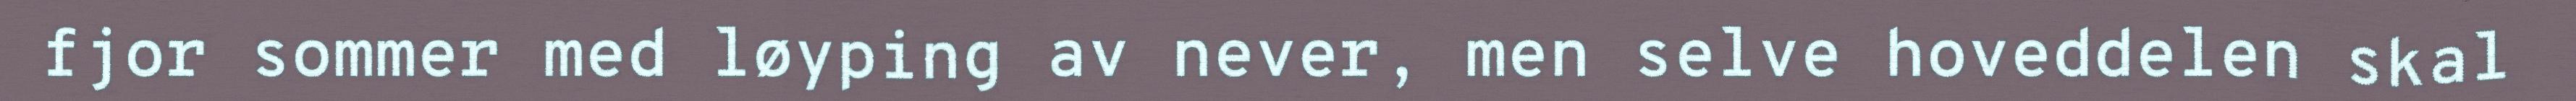
fjor sommer med løyping av never, men selve hoveddelen skal